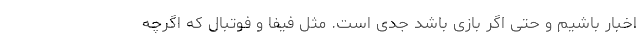
اخبار باشیم و حتی اگر بازی باشد جدی است. مثل فیفا و فوتبال که اگرچه